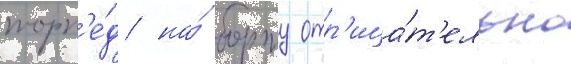
торп'е́д на́ борту отр'ица́т'ельно